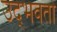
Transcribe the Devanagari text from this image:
उद्‌भवतो